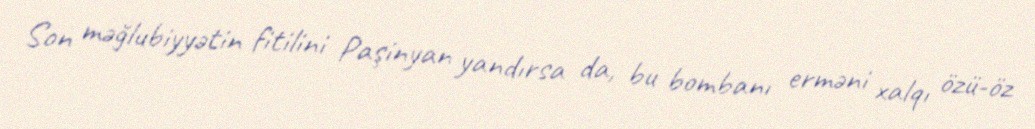
Son məğlubiyyətin fitilini Paşinyan yandırsa da, bu bombanı erməni xalqı özü-öz